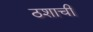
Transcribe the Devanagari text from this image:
ठशाची